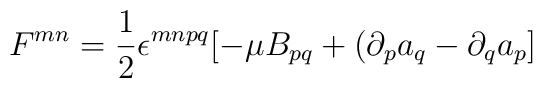
F^{mn} = \frac{1}{2}\epsilon^{mnpq}[-\mu B_{pq} + (\partial_p a_q - \partial_q a_p]